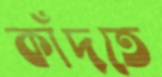
কাঁদতে